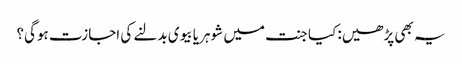
یہ بھی پڑھیں: کیا جنت میں شوہر یا بیوی بدلنے کی اجازت ہوگی؟